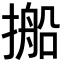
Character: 𪮥